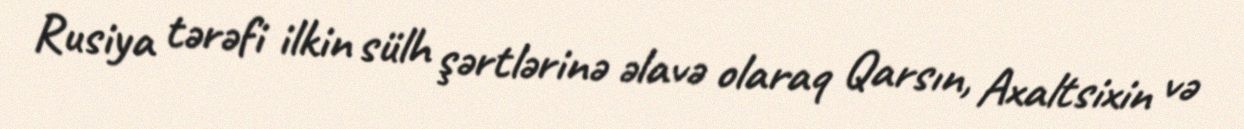
Rusiya tərəfi ilkin sülh şərtlərinə əlavə olaraq Qarsın, Axaltsixin və